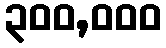
၃၀၀,၀၀၀